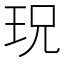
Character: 𱮸